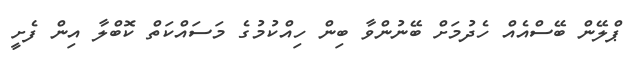
ޕްލޭން ބޭސްއެއް ހެދުމަށް ބޭނުންވާ ބިން ހިއްކުމުގެ މަސައްކަތް ކޮބްލާ އިން ފެށީ